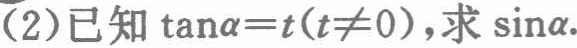
(2)已知$\tan\alpha =t(t\neq0)$，求$\sin\alpha$.